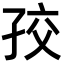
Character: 𡥡